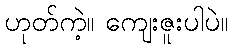
ဟုတ်ကဲ့။ ကျေးဇူးပါပဲ။